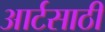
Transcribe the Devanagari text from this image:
आर्टसाठी